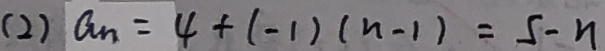
( 2 ) a _ { n } = 4 + ( - 1 ) ( n - 1 ) = 5 - n